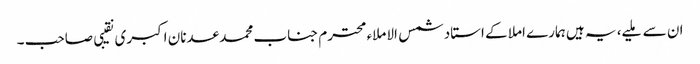
ان سے ملیے، یہ ہیں ہمارے املا کے استاد شمس الاملاء محترم جناب محمد عدنان اکبری نقیبی صاحب ۔